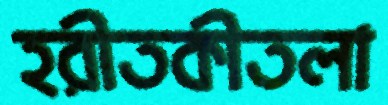
হরীতকীতলা